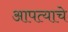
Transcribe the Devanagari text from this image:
आपत्याचे